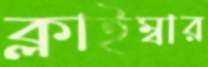
ক্লাইম্বার